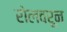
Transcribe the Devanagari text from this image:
रोलवरून